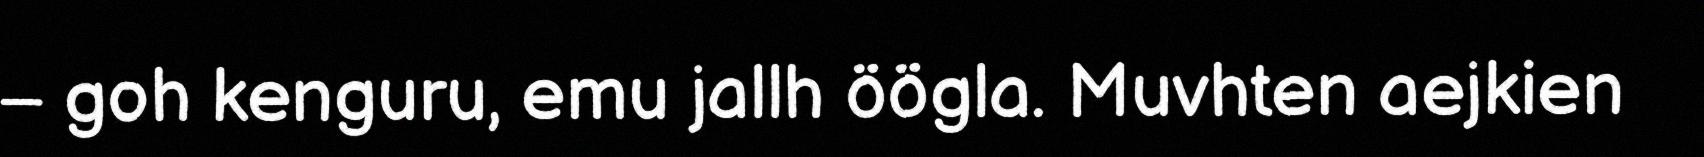
– goh kenguru, emu jallh öögla. Muvhten aejkien